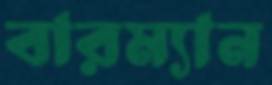
বারম্যান